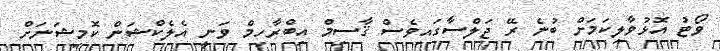
ވޯޓު އޮޅުވާލިކަމަށް ބުނެ ރޭ ޖަލްސާގައިވެސް ޤާސިމް އިބްރާހިމް ވަނީ އެލެކްޝަން ކޮމިޝަނަށް